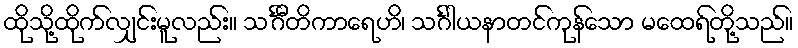
ထိုသို့ထိုက်လျှင်းမူလည်း။ သင်္ဂီတိကာရေဟိ၊ သင်္ဂါယနာတင်ကုန်သော မထေရ်တို့သည်။